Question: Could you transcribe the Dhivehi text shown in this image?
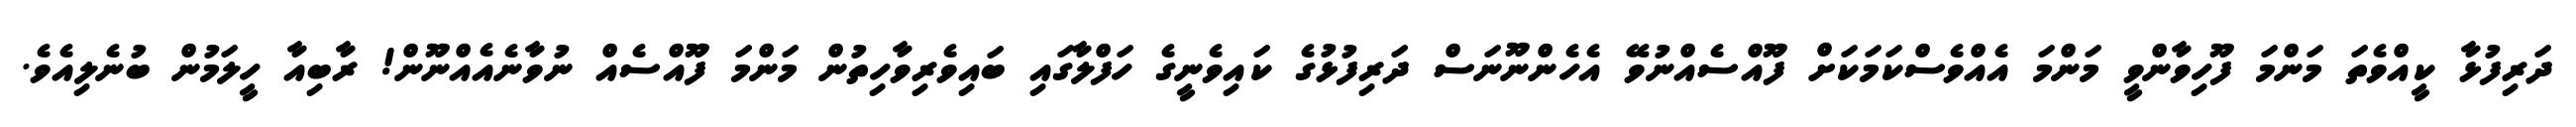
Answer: ދަރިފުޅާ ކީއްވެތަ މަންމަ ފޫހިވާންވީ މަންމަ އެއްވެސްކަމަކަށް ފޫއްސެއްނުވޭ އެހެންނޫނަސް ދަރިފުޅުގެ ކައިވެނީގެ ހަފްލާގައި ބައިވެރިވާހިތުން މަންމަ ފޫއްސެއް ނުވާނެއެއްނޫން! ރާބިއާ ހީލަމުން ބުނެލިއެވެ.